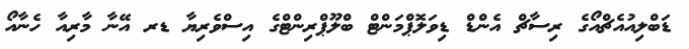
ޑަބްލިއުއެޗްއޯގެ ރިސާޗް އެންޑް ޑިވަލޮޕްމަންޓް ބްލޫޕްރިންޓްގެ އިސްވެރިޔާ ޑރ އޭނާ މާރިއާ ހެނާއޯ